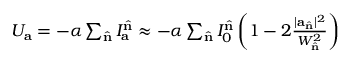
\begin{array} { r } { U _ { \mathbf { a } } = - \alpha \sum _ { \hat { \mathbf { n } } } I _ { \mathbf { a } } ^ { \hat { \mathbf { n } } } \approx - \alpha \sum _ { \hat { \mathbf { n } } } I _ { 0 } ^ { \hat { \mathbf { n } } } \left( 1 - 2 \frac { | \mathbf { a } _ { \hat { \mathbf { n } } } | ^ { 2 } } { W _ { \hat { \mathbf { n } } } ^ { 2 } } \right) } \end{array}